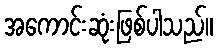
အကောင်းဆုံးဖြစ်ပါသည်။